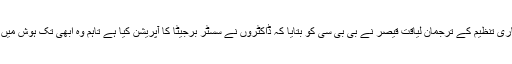
غیر سرکاری تنظیم کے ترجمان لیاقت قیصر نے بی بی سی کو بتایا کہ ڈاکٹروں نے سسٹر برجیٹا کا آپریشن کیا ہے تاہم وہ ابھی تک ہوش میں نہیں آئیں۔